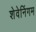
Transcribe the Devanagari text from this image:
शेवेनिंगम